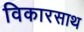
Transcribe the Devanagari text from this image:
विकारसाथ